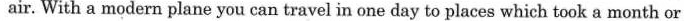
air. With a modern plane you can travel in one day to places which took a month or